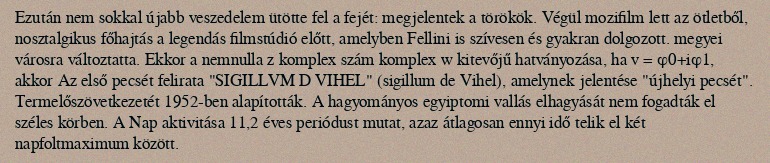
Ezután nem sokkal újabb veszedelem ütötte fel a fejét: megjelentek a törökök. Végül mozifilm lett az ötletből, nosztalgikus főhajtás a legendás filmstúdió előtt, amelyben Fellini is szívesen és gyakran dolgozott. megyei városra változtatta. Ekkor a nemnulla z komplex szám komplex w kitevőjű hatványozása, ha v = φ0+iφ1, akkor Az első pecsét felirata "SIGILLVM D VIHEL" (sigillum de Vihel), amelynek jelentése "újhelyi pecsét". Termelőszövetkezetét 1952-ben alapították. A hagyományos egyiptomi vallás elhagyását nem fogadták el széles körben. A Nap aktivitása 11,2 éves periódust mutat, azaz átlagosan ennyi idő telik el két napfoltmaximum között.